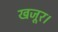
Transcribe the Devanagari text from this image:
खजूर।